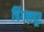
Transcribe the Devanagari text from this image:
चिंगलपूर